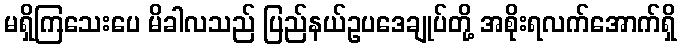
မရှိကြသေးပေ မိခါလသည် ပြည်နယ်ဥပဒေချုပ်တို့ အစိုးရလက်အောက်ရှိ